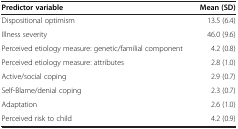
<table><thead><tr><td><b>Predictor variable</b></td><td><b>Mean (SD)</b></td></tr></thead><tbody><tr><td>Dispositional optimism</td><td>13.5 (6.4)</td></tr><tr><td>Illness severity</td><td>46.0 (9.6)</td></tr><tr><td>Perceived etiology measure: genetic/familial component</td><td>4.2 (0.8)</td></tr><tr><td>Perceived etiology measure: attributes</td><td>2.8 (1.0)</td></tr><tr><td>Active/social coping</td><td>2.9 (0.7)</td></tr><tr><td>Self-Blame/denial coping</td><td>2.3 (0.7)</td></tr><tr><td>Adaptation</td><td>2.6 (1.0)</td></tr><tr><td>Perceived risk to child</td><td>4.2 (0.9)</td></tr></tbody></table>